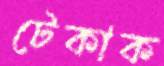
টেকাক